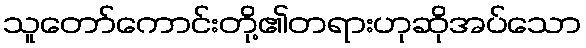
သူတော်ကောင်းတို့၏တရားဟုဆိုအပ်သော